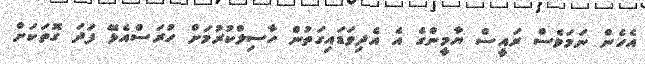
އެހެން ނަމަވެސް ރައީސް ޔާމީންގެ އެ އެދިވަޑައިގަތުން ހާސިލްކުރުމަށް ހުރަސްއެޅޭ ފަދަ ގޮތަކަށް